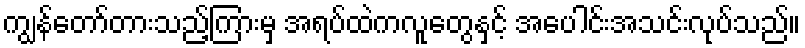
ကျွန်တော်တားသည့်ကြားမှ အရပ်ထဲကလူတွေနှင့် အပေါင်းအသင်းလုပ်သည်။